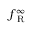
f _ { \mathrm { ~ R ~ } } ^ { \infty }